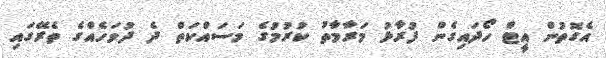
އެގޮތުން އީޓް ހޯދައިގެން ފުރާޅު މަރާމާތު ކުރުމުގެ މަސައްކަތް ދެ ދުވަހެއްގެ ތެރޭގައި